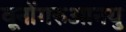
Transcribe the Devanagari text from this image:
वूनोंगरुआनयु